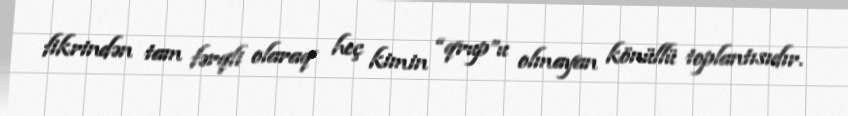
fikrindən tam fərqli olaraq heç kimin “qrup”u olmayan könüllü toplantısıdır.